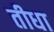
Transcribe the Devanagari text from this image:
तीधा